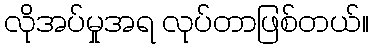
လိုအပ်မှုအရ လုပ်တာဖြစ်တယ်။